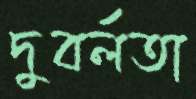
দুবর্লতা